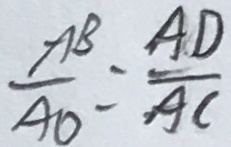
\frac { A B } { A O } = \frac { A D } { A C }